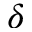
\delta